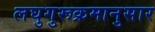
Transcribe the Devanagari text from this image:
लघुगुरूक्रमानुसार